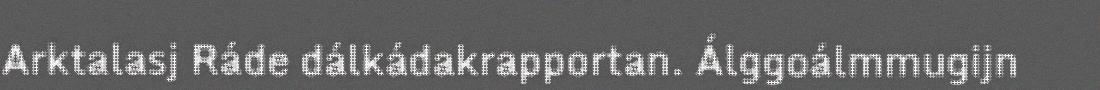
Arktalasj Ráde dálkádakrapportan. Álggoálmmugijn